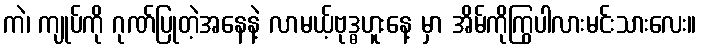
ကဲ၊ ကျုပ်ကို ဂုဏ်ပြုတဲ့အနေနဲ့ လာမယ့်ဗုဒ္ဓဟူးနေ့ မှာ အိမ်ကိုကြွပါလားမင်းသားလေး။